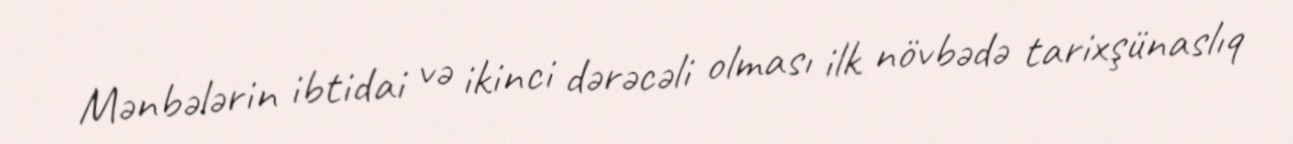
Mənbələrin ibtidai və ikinci dərəcəli olması ilk növbədə tarixşünaslıq